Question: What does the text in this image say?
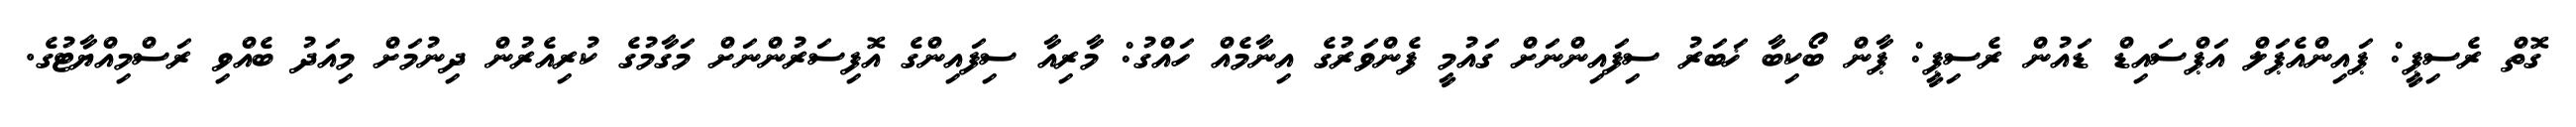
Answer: ގޮތް ރެސިޕީ: ޕައިންއެޕަލް އަޕްސައިޑް ޑައުން ރެސިޕީ: ޕާން ބޯކިބާ ޚަބަރު ސިފައިންނަށް ގައުމީ ފެންވަރުގެ އިނާމެއް ހައްގު: މާރިއާ ސިފައިންގެ އޮފިސަރުންނަށް މަގާމުގެ ކުރިއެރުން ދިނުމަށް މިއަދު ބެއްވި ރަސްމިއްޔާޓުގެ.